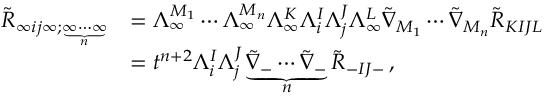
\begin{array} { r l } { \tilde { R } _ { \infty i j \infty ; \underbrace { \scriptstyle \infty \cdots \infty } _ { n } } } & { = \Lambda ^ { M _ { 1 } } _ { \infty } \cdots \Lambda ^ { M _ { n } } _ { \infty } \Lambda ^ { K } _ { \infty } \Lambda ^ { I } _ { i } \Lambda ^ { J } _ { j } \Lambda ^ { L } _ { \infty } \tilde { \nabla } _ { M _ { 1 } } \cdots \tilde { \nabla } _ { M _ { n } } \tilde { R } _ { K I J L } } \\ & { = t ^ { n + 2 } \Lambda ^ { I } _ { i } \Lambda ^ { J } _ { j } \underbrace { \tilde { \nabla } _ { - } \cdots \tilde { \nabla } _ { - } } _ { n } \tilde { R } _ { - I J - } \, , } \end{array}